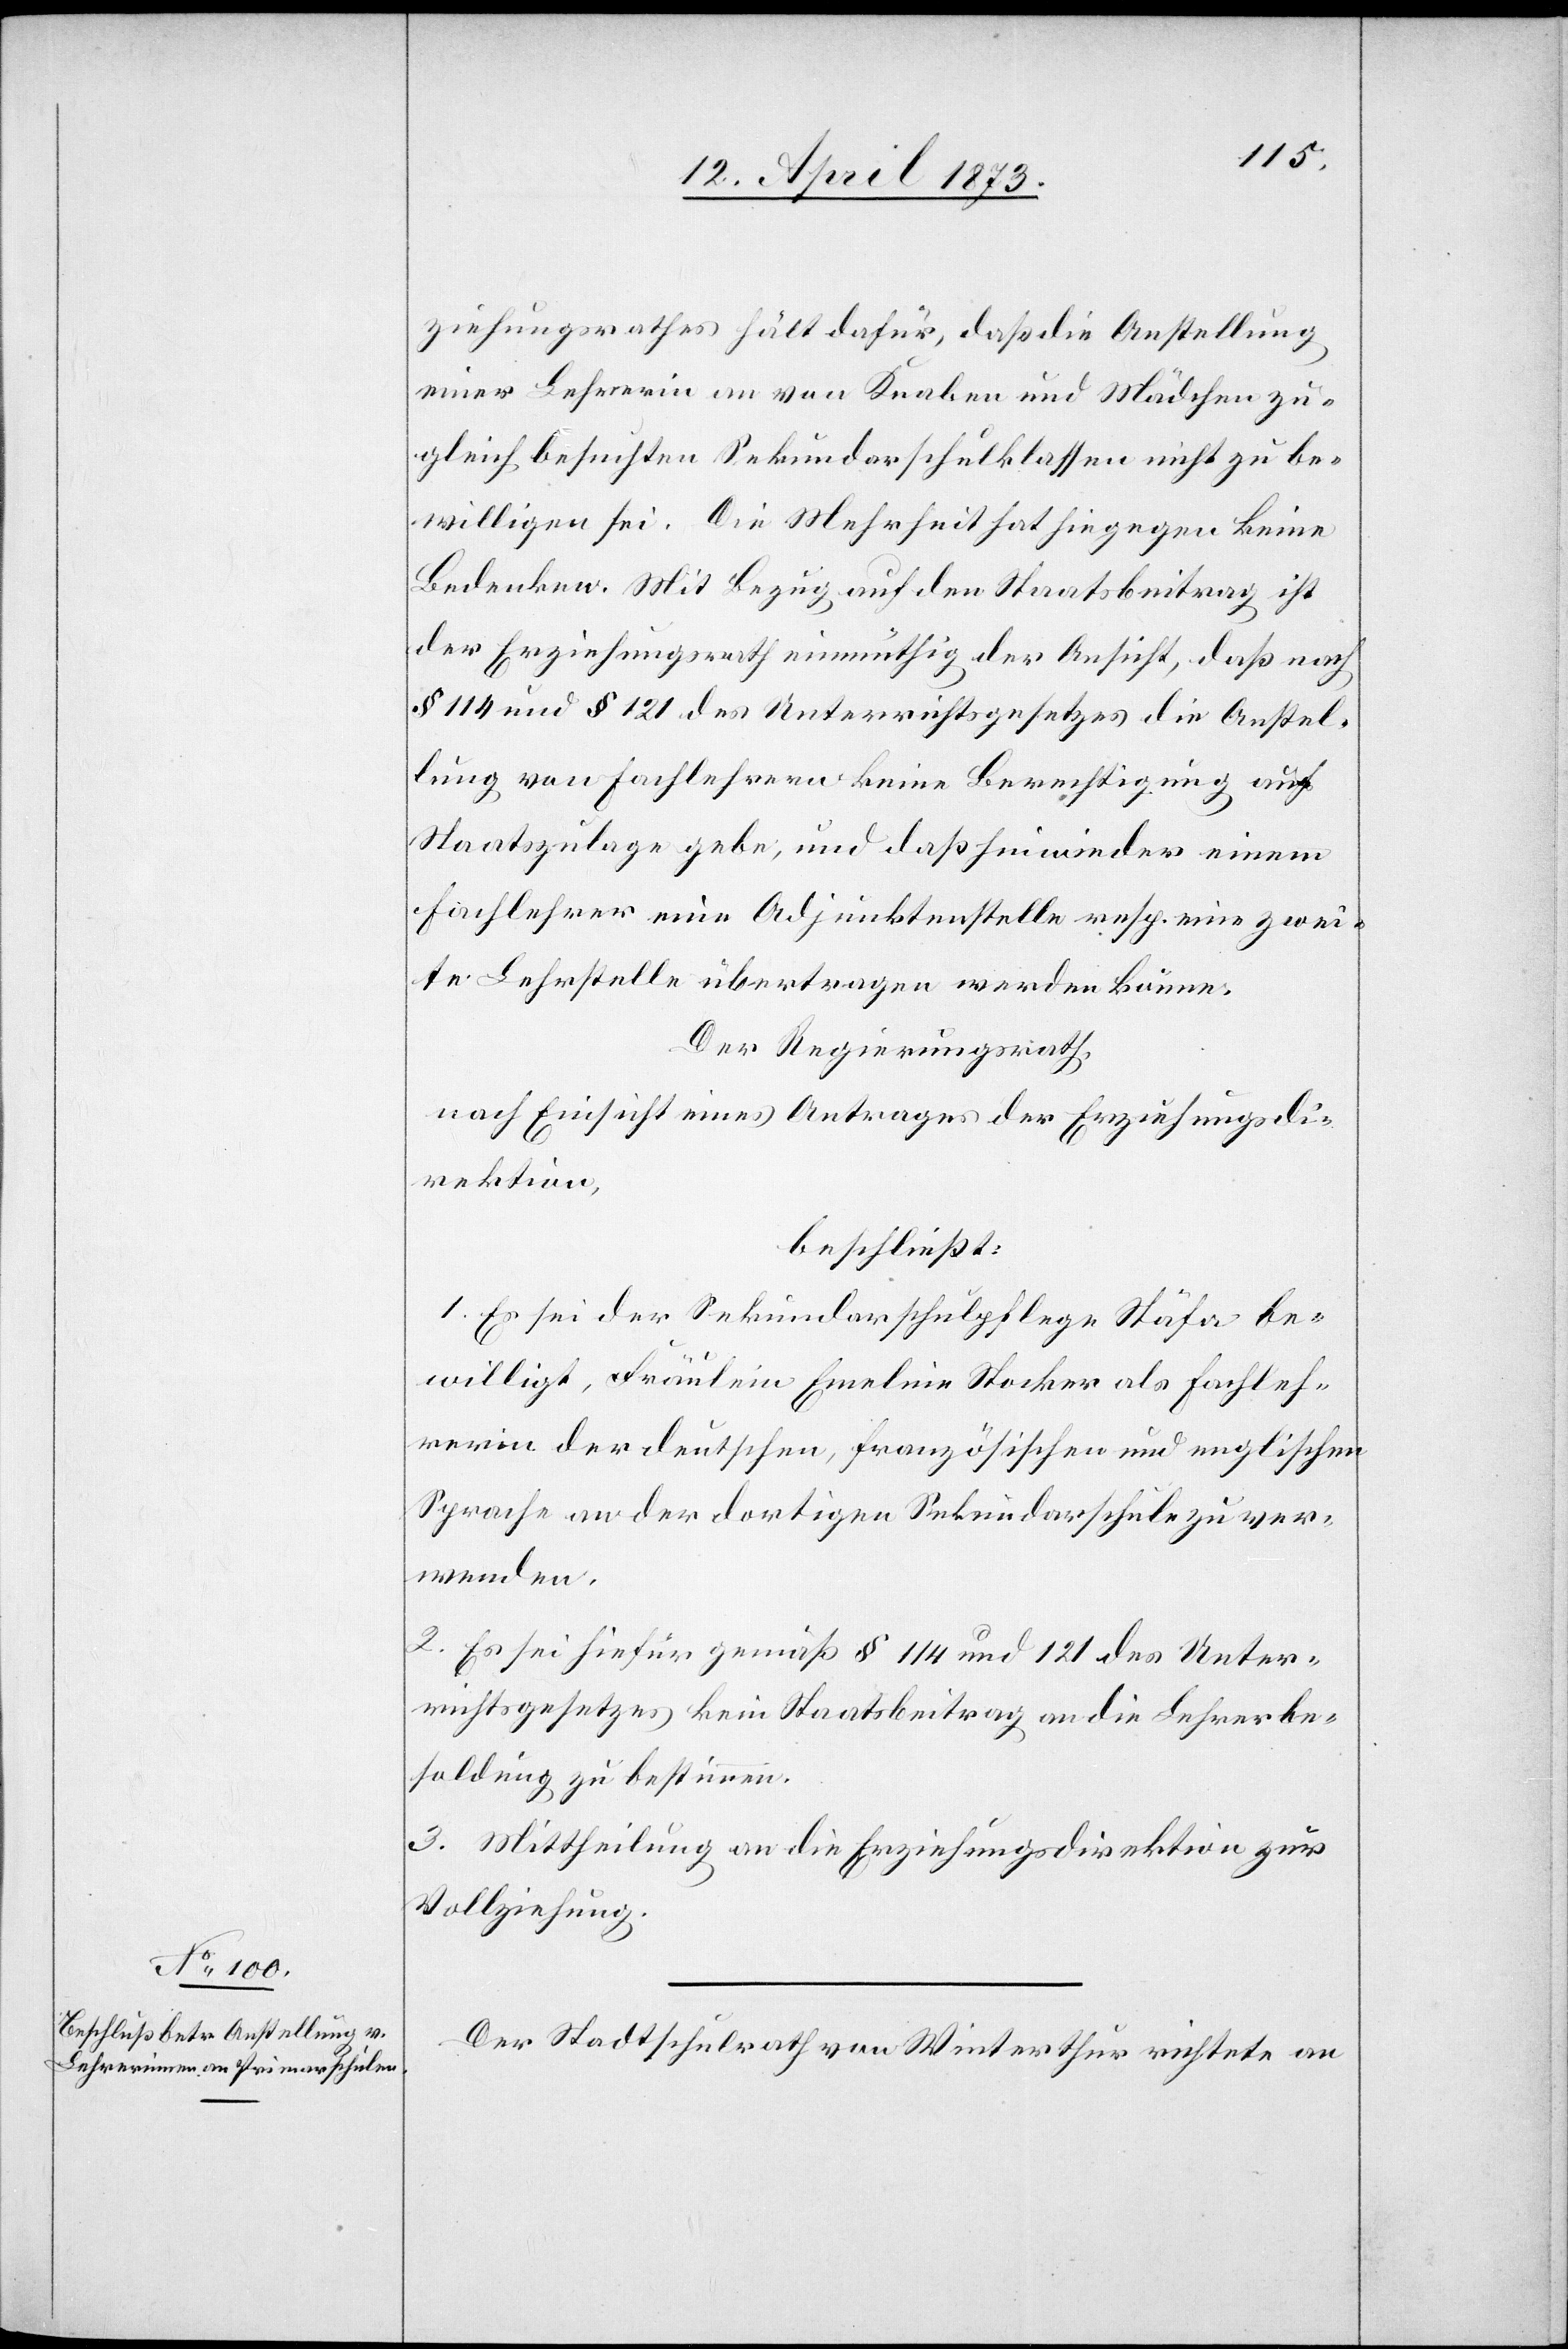
ziehungsrathes hält dafür, daß die Anstellung
einer Lehrerin an von Knaben und Mädchen zu¬
gleich besuchten Sekundarschulklassen nicht zu be¬
willigen sei. Die Mehrheit hat hingegen keine
Bedenken. Mit Bezug auf den Staatsbeitrag ist
der Erziehungsrath einmüthig der Ansicht, daß nach
§ 114 und § 121 des Unterrichtsgesetztes die Anstel¬
lung von Fachlehrern keine Berechtigung auf
Staatszulage gebe, und daß hinwieder einem
Fachlehrer eine Adjunktenstelle resp. eine zwei¬
te Lehrstelle übertragen werden könne.
Der Regierungsrath,
nach Einsicht eines Antrages der Erziehungsdi¬
rektion
beschließt:
1. Es sei der Sekundarschulpflege Stäfa be¬
willigt, Fräulein Em[m]eline Stocker als Fachleh¬
rerin der deutschen, französischen und englischen
Sprache an der dortigen Sekundarschule zu ver¬
wenden.
2. Es sei hiefür gemäß § 114 und 121 des Unter¬
richtsgesetzes kein Staatsbeitrag an die Lehrerbe¬
soldung zu bestimmen.
3. Mittheilung an die Erziehungsdirektion zur
Vollziehung.
Der Stadtschulrath von Winterthur richtete an